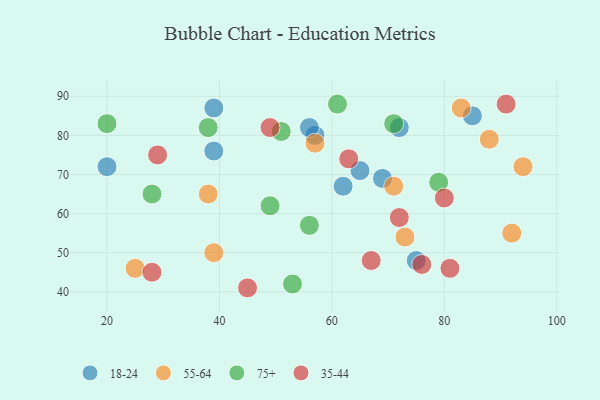
{"axis": {"x": "GDP", "y": "Life Expectancy"}, "legend": ["18-24", "35-44", "55-64", "75+"], "data": [{"x": "72", "y": 82, "type": "18-24"}, {"x": "39", "y": 76, "type": "18-24"}, {"x": "75", "y": 48, "type": "18-24"}, {"x": "85", "y": 85, "type": "18-24"}, {"x": "57", "y": 80, "type": "18-24"}, {"x": "69", "y": 69, "type": "18-24"}, {"x": "39", "y": 87, "type": "18-24"}, {"x": "62", "y": 67, "type": "18-24"}, {"x": "65", "y": 71, "type": "18-24"}, {"x": "20", "y": 72, "type": "18-24"}, {"x": "56", "y": 82, "type": "18-24"}, {"x": "25", "y": 46, "type": "55-64"}, {"x": "71", "y": 67, "type": "55-64"}, {"x": "94", "y": 72, "type": "55-64"}, {"x": "88", "y": 79, "type": "55-64"}, {"x": "73", "y": 54, "type": "55-64"}, {"x": "92", "y": 55, "type": "55-64"}, {"x": "38", "y": 65, "type": "55-64"}, {"x": "83", "y": 87, "type": "55-64"}, {"x": "39", "y": 50, "type": "55-64"}, {"x": "57", "y": 78, "type": "55-64"}, {"x": "61", "y": 88, "type": "75+"}, {"x": "56", "y": 57, "type": "75+"}, {"x": "53", "y": 42, "type": "75+"}, {"x": "28", "y": 65, "type": "75+"}, {"x": "49", "y": 62, "type": "75+"}, {"x": "38", "y": 82, "type": "75+"}, {"x": "71", "y": 83, "type": "75+"}, {"x": "51", "y": 81, "type": "75+"}, {"x": "79", "y": 68, "type": "75+"}, {"x": "20", "y": 83, "type": "75+"}, {"x": "28", "y": 45, "type": "35-44"}, {"x": "72", "y": 59, "type": "35-44"}, {"x": "63", "y": 74, "type": "35-44"}, {"x": "67", "y": 48, "type": "35-44"}, {"x": "81", "y": 46, "type": "35-44"}, {"x": "76", "y": 47, "type": "35-44"}, {"x": "45", "y": 41, "type": "35-44"}, {"x": "49", "y": 82, "type": "35-44"}, {"x": "91", "y": 88, "type": "35-44"}, {"x": "29", "y": 75, "type": "35-44"}, {"x": "80", "y": 64, "type": "35-44"}]}